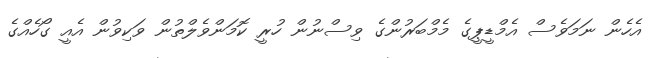
އެހެން ނަމަވެސް އެމްޑީޕީގެ މެމްބަރުންގެ ވިސްނުން ހުރީ ކޮމަންވެލްތުން ވަކިވުން އެއީ ގޯހެއްގެ